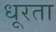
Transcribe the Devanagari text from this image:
धूरता